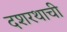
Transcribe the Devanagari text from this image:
दशरथाची